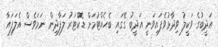
އަދީބުގެ ވަކީލު ވިދާޅުވެފައިވަނީ އަދީބު ގޭގައި ބެހެއްޓުމަށް ޑޮކްޓަރު ލަފާދިން ނަމަވެސް އެލަފައާ